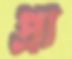
প্রা